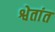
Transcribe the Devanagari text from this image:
श्वेतांत